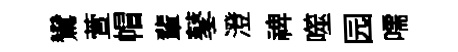
鸞萱帽輩鼕澄禆噬园嚅